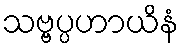
သဗ္ဗပ္ပဟာယိနံ